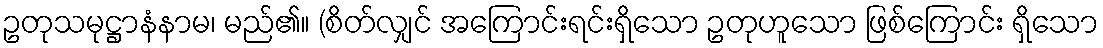
ဥတုသမုဋ္ဌာနံနာမ၊ မည်၏။ (စိတ်လျှင် အကြောင်းရင်းရှိသော ဥတုဟူသော ဖြစ်ကြောင်း ရှိသော